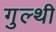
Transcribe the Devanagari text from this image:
गुल्थी